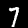
Label: 7